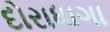
દોરાધાગા